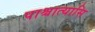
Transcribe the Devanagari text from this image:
पाश्चात्यासि